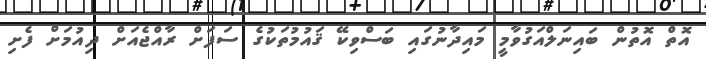
އޮތް އޮތުން ބައިނަލްއަގުވާމީ މައިދާނުގައި ބަސްވިކޭ ޤައުމުތަކުގެ ސަފަށް ރާއްޖެއަށް ދިއުމަށް ފެށި